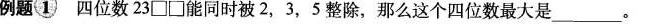
例题①四位数23 \Box \Box 能同时被2，3，5整除，那么这个四位数最大是_____。